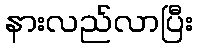
နားလည်လာပြီး